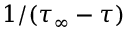
1 / ( \tau _ { \infty } - \tau )